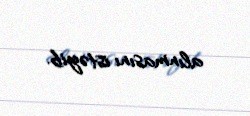
alınmasını istəyib.